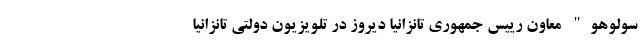
سولوهو" معاون رییس جمهوری تانزانیا دیروز در تلویزیون دولتی تانزانیا